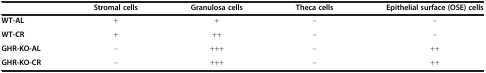
<table><thead><tr><td>[EMPTY_CELL]</td><td><b>Stromal cells</b></td><td><b>Granulosa cells</b></td><td><b>Theca cells</b></td><td><b>Epithelial surface (OSE) cells</b></td></tr></thead><tbody><tr><td><b>WT-AL</b></td><td>+</td><td>+</td><td>–</td><td>–</td></tr><tr><td><b>WT-CR</b></td><td>+</td><td>++</td><td>–</td><td>–</td></tr><tr><td><b>GHR-KO-AL</b></td><td>–</td><td>+++</td><td>–</td><td>++</td></tr><tr><td><b>GHR-KO-CR</b></td><td>–</td><td>+++</td><td>–</td><td>++</td></tr></tbody></table>